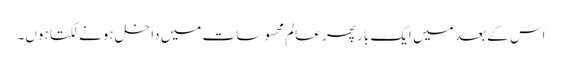
اس کے بعد میں ایک بار پھر عالمِ محسوسات میں داخل ہونے لگتا ہوں۔